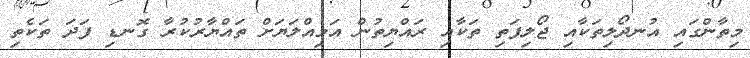
މިތާންގައި އުނދޯލިތަކާއި ޖޯލިފަތި ތަކާއި ރައްޔިތުން އަމިއްލަޔަށް ތައްޔާރުކުރާ ގޮނޑި ފަދަ ތަކެތި